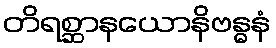
တိရစ္ဆာနယောနိဗန္ဓနံ